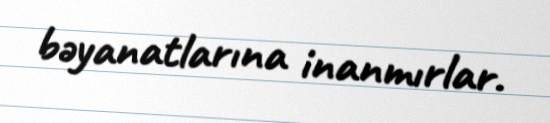
bəyanatlarına inanmırlar.